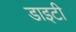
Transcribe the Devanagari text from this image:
डाइटी